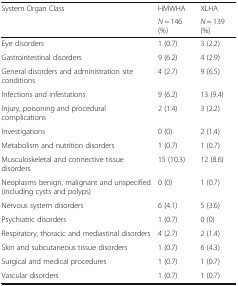
| <ROWSPAN=2> System Organ Class | HMWHA | XLHA |
 | N = 146 (%) | N = 139 (%) |
 | --- | --- | --- |
 | Eye disorders | 1 (0.7) | 3 (2.2) |
 | Gastrointestinal disorders | 9 (6.2) | 4 (2.9) |
 | General disorders and administration site conditions | 4 (2.7) | 9 (6.5) |
 | Infections and infestations | 9 (6.2) | 13 (9.4) |
 | Injury, poisoning and procedural complications | 2 (1.4) | 3 (2.2) |
 | Investigations | 0 (0) | 2 (1.4) |
 | Metabolism and nutrition disorders | 1 (0.7) | 1 (0.7) |
 | Musculoskeletal and connective tissue disorders | 15 (10.3) | 12 (8.6) |
 | Neoplasms benign, malignant and unspecified (including cysts and polyps) | 0 (0) | 1 (0.7) |
 | Nervous system disorders | 6 (4.1) | 5 (3.6) |
 | Psychiatric disorders | 1 (0.7) | 0 (0) |
 | Respiratory, thoracic and mediastinal disorders | 4 (2.7) | 2 (1.4) |
 | Skin and subcutaneous tissue disorders | 1 (0.7) | 6 (4.3) |
 | Surgical and medical procedures | 1 (0.7) | 1 (0.7) |
 | Vascular disorders | 1 (0.7) | 1 (0.7) |